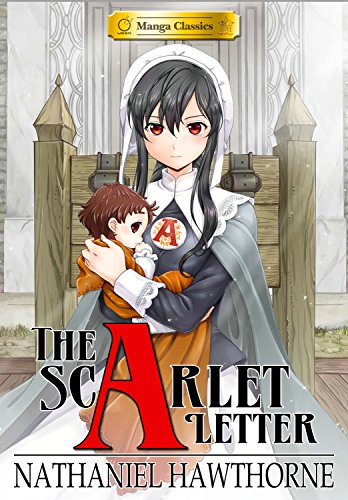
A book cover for Manga Classics: The Scarlet Letter Softcover; Nathaniel Hawthorne; Comics & Graphic Novels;